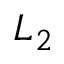
L _ { 2 }